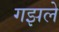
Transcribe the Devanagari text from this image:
गझले